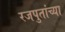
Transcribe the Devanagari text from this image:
रजपुतांच्या